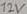
Text: 12V